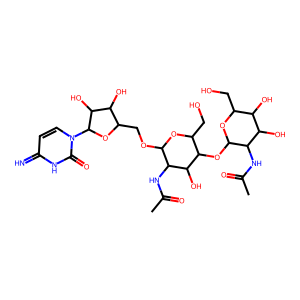
SMILES: CC(=O)NC1C(OC2C(CO)OC(OCC3OC(n4ccc(=N)[nH]c4=O)C(O)C3O)C(NC(C)=O)C2O)OC(CO)C(O)C1O
Inhibits HIV replication: No